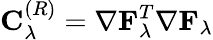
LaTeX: \mathbf{C}_{\lambda}^{(R)}=\nabla\mathbf{F}_{\lambda}^{T}\nabla\mathbf{F}_{\lambda}